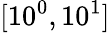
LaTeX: [10^{0},10^{1}]